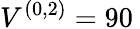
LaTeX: V^{(0,2)}=90\